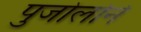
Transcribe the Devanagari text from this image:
पुजोलोने